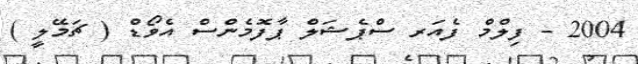
2004 - ފިލްމް ފެއަރ ސްޕެޝަލް ޕާފޮމެންސް އެވޯޑް ( ޗަމޭލީ )